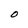
Character: o